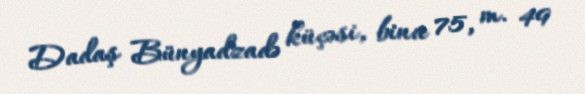
Dadaş Bünyadzadə küçəsi, bina 75, m. 49